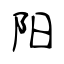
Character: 阳